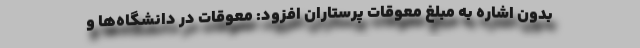
بدون اشاره به مبلغ معوقات پرستاران افزود: معوقات در دانشگاه‌ها و